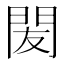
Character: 𨳧